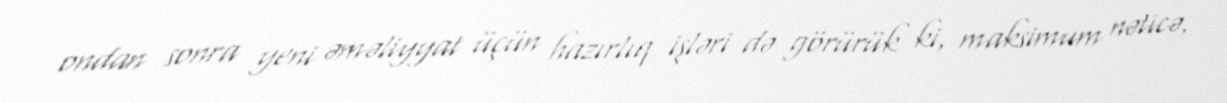
ondan sonra yeni əməliyyat üçün hazırlıq işləri də görürük ki, maksimum nəticə,